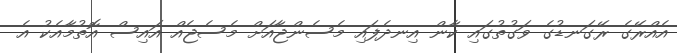
އެއްރޭގެ ރޭގަނޑުގެ ވަގުތުގައި ކާން އިނދެފައި މެސެންޖާއަށް މެސެޖެއް އައިސް އޮތުމާއެކު އެ